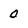
Character: 0